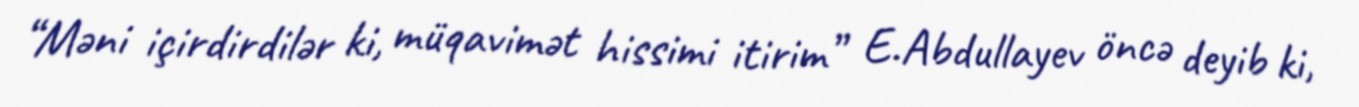
“Məni içirdirdilər ki, müqavimət hissimi itirim” E.Abdullayev öncə deyib ki,